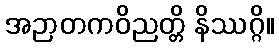
အဉာတကဝိညတ္တိ နိဿဂ္ဂိ။